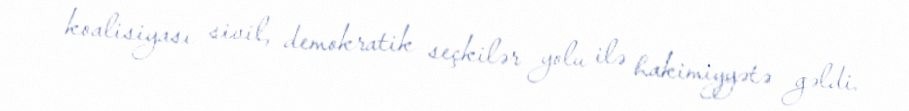
koalisiyası sivil, demokratik seçkilər yolu ilə hakimiyyətə gəldi.